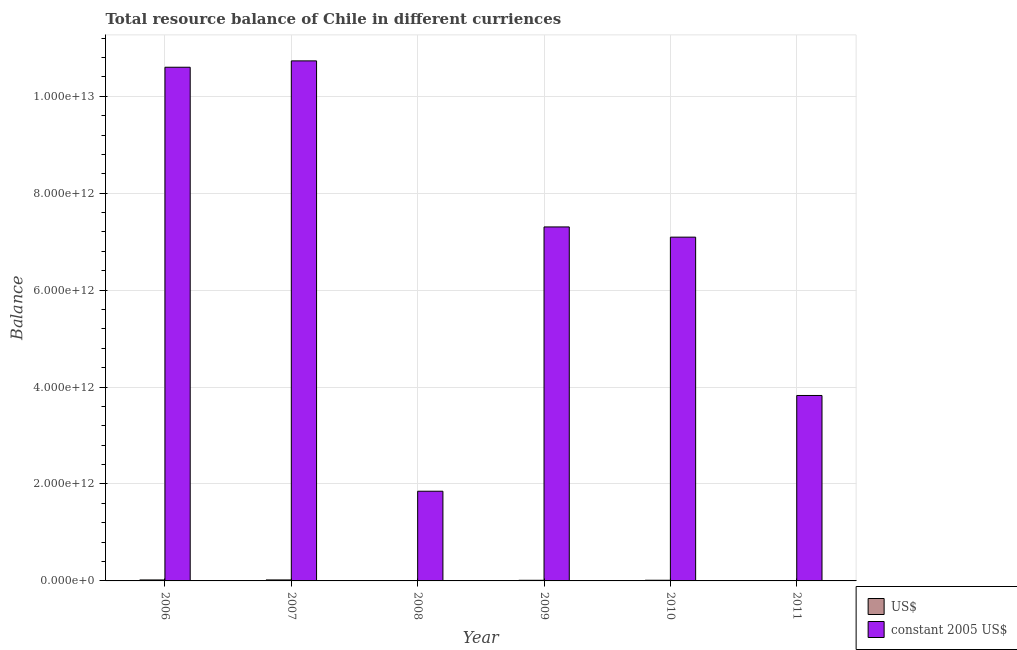
| Year | US$ | constant 2005 US$ |
 | --- | --- | --- |
 | 2006 | 2e+10 | 1.06e+13 |
 | 2007 | 2.05e+10 | 1.07e+13 |
 | 2008 | 3.54e+09 | 1.85e+12 |
 | 2009 | 1.3e+10 | 7.3e+12 |
 | 2010 | 1.39e+10 | 7.09e+12 |
 | 2011 | 7.91e+09 | 3.83e+12 |